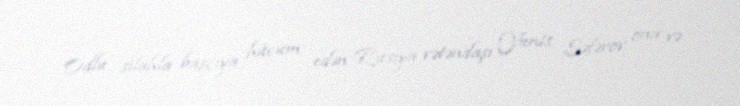
Odlu silahla başçıya hücum edən Rusiya vətəndaşı Yunis Səfərov ona və